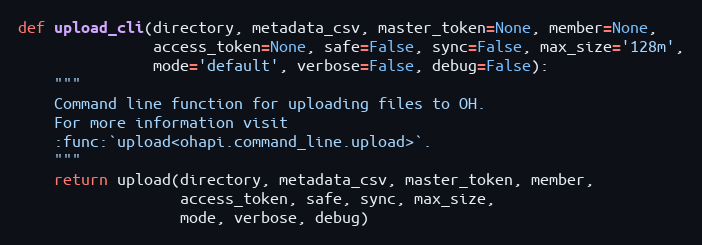
Language: Python
def upload_cli(directory, metadata_csv, master_token=None, member=None,
               access_token=None, safe=False, sync=False, max_size='128m',
               mode='default', verbose=False, debug=False):
    """
    Command line function for uploading files to OH.
    For more information visit
    :func:`upload<ohapi.command_line.upload>`.
    """
    return upload(directory, metadata_csv, master_token, member,
                  access_token, safe, sync, max_size,
                  mode, verbose, debug)